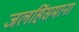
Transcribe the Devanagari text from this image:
जलहिंसमाना